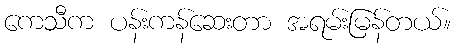
ကေသီက ပန်းကန်ဆေးတာ အရမ်းမြန်တယ်။